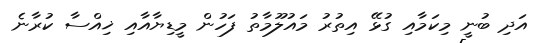
އަދި ބުނީ މިކަމާއި ގުޅޭ އިތުރު މައުލޫމާތު ފަހުން މީޑިޔާއާއި ޚިއްސާ ކުރާނެ